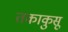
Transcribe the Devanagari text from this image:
तकाकुसू